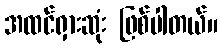
အထင်ရှားဆုံး ဖြစ်ပါတယ်။